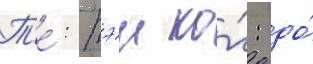
Т'е́: тэи ко́: до́